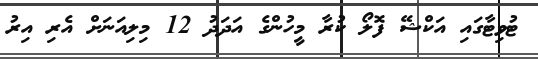
ޓުވިޓާގައި އަކްޝޭ ފޮލޯ ކުރާ މީހުންގެ އަދަދު 12 މިލިއަނަށް އެރި އިރު